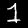
Digit: 1